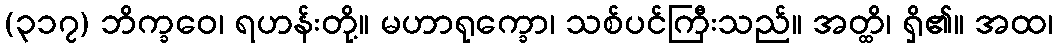
(၃၁၇) ဘိက္ခဝေ၊ ရဟန်းတို့။ မဟာရုက္ခော၊ သစ်ပင်ကြီးသည်။ အတ္ထိ၊ ရှိ၏။ အထ၊